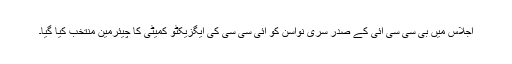
اجلاس میں بی سی سی آئی کے صدر سری نواسن کو آئی سی سی کی ایگزیکٹو کمیٹی کا چیئرمین منتخب کیا گیا۔